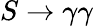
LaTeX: S\to\gamma\gamma